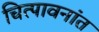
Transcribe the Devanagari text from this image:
चित्पावनांत